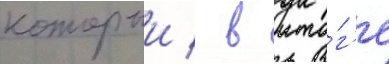
которыи / в ито́г'е